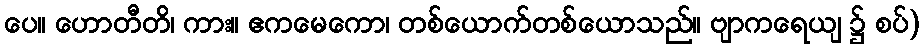
ပေ။ ဟောတီတိ၊ ကား။ ဧကမေကော၊ တစ်ယောက်တစ်ယောသည်။ ဗျာကရေယျ ၌ စပ်)